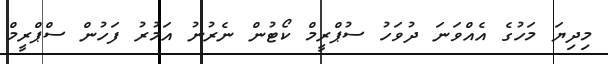
މިދިޔަ މަހުގެ އެއްވަނަ ދުވަހު ސުޕްރީމް ކޯޓުން ނެރުނު އަމުރު ފަހުން ސްޕްރީމް